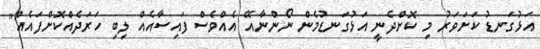
އަޅުގަނޑު ކަށަވަރު މި ކޮށްދެނީ އަޅުގަނޑުމެން ނޯންނާއޭ އެއްވެސް ފައިސާއެއް ލިބި ހަރަދެއްކޮށްފައެއް"